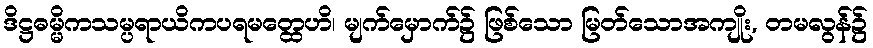
ဒိဋ္ဌဓမ္မိကသမ္ပရာယိကပရမတ္ထေဟိ၊ မျက်မှောက်၌ ဖြစ်သော မြတ်သောအကျိုး, တမလွန်၌